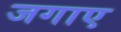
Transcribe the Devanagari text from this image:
जगाए